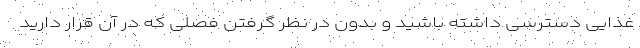
غذایی دسترسی داشته باشید و بدون در نظر گرفتن فصلی که در آن قرار دارید